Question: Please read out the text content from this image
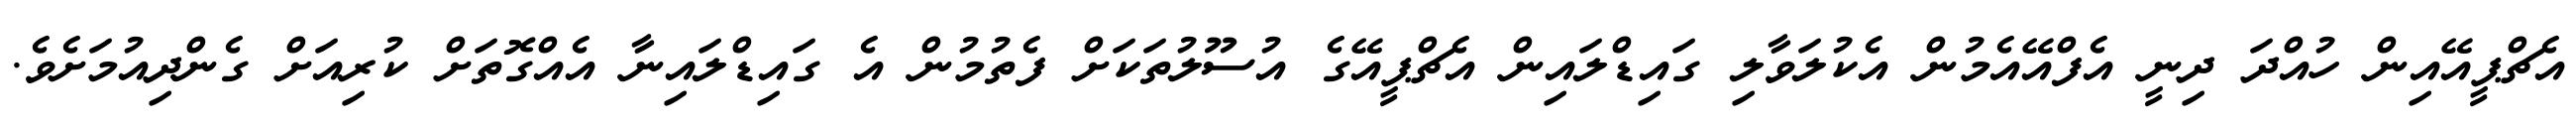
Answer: އެޗްޕީއޭއިން ހުއްދަ ދިނީ އެފްއޭއެމުން އެކުލަވާލި ގައިޑްލައިން އެޗްޕީއޭގެ އުސޫލުތަކަށް ފެތުމުން އެ ގައިޑްލައިނާ އެއްގޮތަށް ކުރިއަށް ގެންދިއުމަށެވެ.